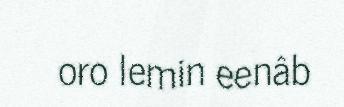
oro lemin eenâb